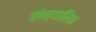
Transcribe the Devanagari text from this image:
संन्यासिन